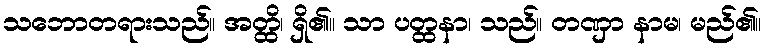
သဘောတရားသည်။ အတ္ထိ၊ ရှိ၏။ သာ ပတ္ထနာ၊ သည်။ တဏှာ နာမ၊ မည်၏။